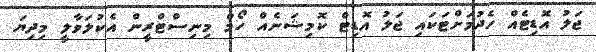
ޖަލު އޮޑިޓެއް ހެދުމަށްޓަކައި ޖަލު އޮޑިޓް ކޮމިޝަނެއް ހޯމް މިނިސްޓްރީން އެކުލަވާލީ މިދިޔަ